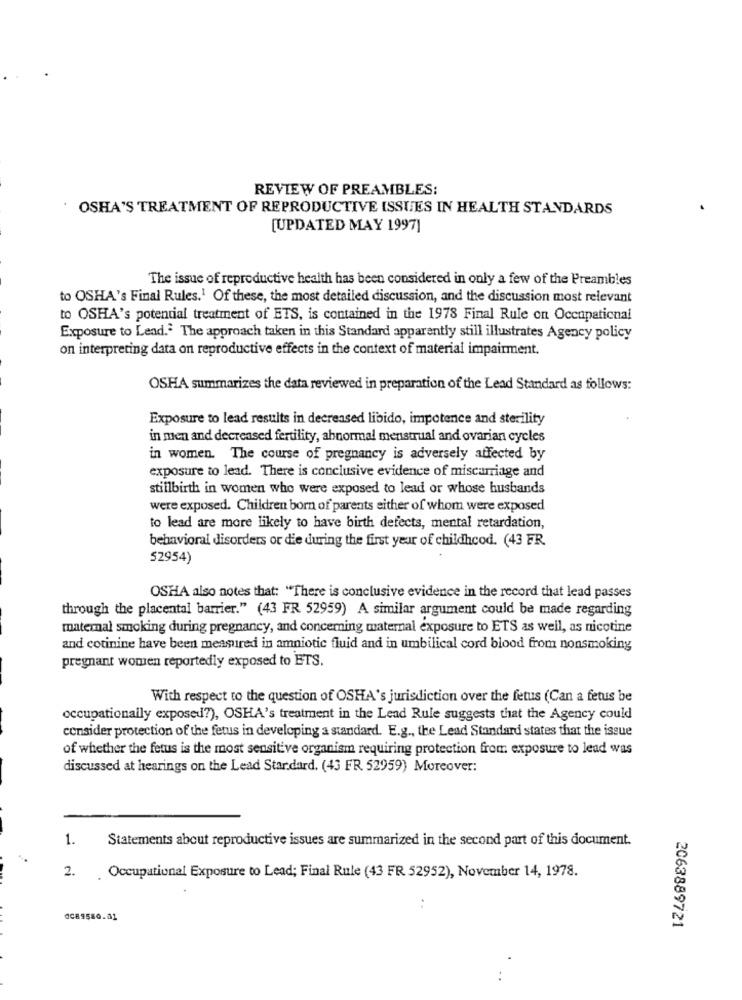
REVIEW OF PREAMBLES:
OSHA'S TREATMENT OF REPRODUCTIVE ISSUES IN HEALTH STANDARDS
[UPDATED MAY 1997]
The issue of reproductive health has been considered in only a few of the Preambles
to OSHA's Final Rules.1 Of these, the most detailed discussion, and the discussion most relevant
to OSHA's potential treatment of ETS, is contained in the 1978 Final Rule on Occupational
Exposure to Lead. The approach taken in this Standard apparently still illustrates Agency policy
on interpreting data on reproductive effects in the context of material impairment.
OSHA summarizes the data reviewed in preparation of the Lead Standard as follows:
Exposure to lead results in decreased libido, impotence and sterility
in men and decreased fertility, abnormal menstrual and ovarian cycles
in women. The course of pregnancy is adversely affected by
exposure to lead. There is conclusive evidence of miscarriage and
stillbirth in women who were exposed to lead or whose husbands
were exposed. Children born of parents either of whom were exposed
to lead are more likely to have birth defects, mental retardation,
behavioral disorders or die during the first year of childhood. (43 FR.
52954)
OSHA also notes that: "There is conclusive evidence in the record that lead passes
through the placental barrier." (43 FR 52959) A similar argument could be made regarding
matemal smoking during pregnancy, and concerning maternal exposure to ETS as well, as nicotine
and cotinine have been measured in amniotic fluid and in umbilical cord blood from nonsmoking
pregnant women reportedly exposed to ETS.
With respect to the question of OSHA's jurisdiction over the fetus (Can a fetus be
occupationally exposed?), OSHA's treatment in the Lead Rule suggests that the Agency could
consider protection of the fetus in developing a standard. E.g ., the Lead Standard states that the issue
of whether the fetus is the most sensitive organism requiring protection from exposure to lead was
discussed at hearings on the Lead Star.dard. (43 FR 52959) Moreover:
1.
Statements about reproductive issues are summarized in the second part of this document.
2. Occupational Exposure to Lead; Final Rule (43 FR 52952), November 14, 1978.
GC89580.01
2063889721
..